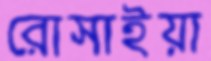
রোসাইয়া